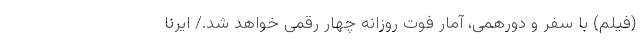
(فیلم) با سفر و دورهمی، آمار فوت روزانه چهار رقمی خواهد شد./ ایرنا